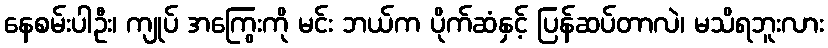
နေစမ်းပါဦး၊ ကျုပ် အကြွေးကို မင်း ဘယ်က ပိုက်ဆံနှင့် ပြန်ဆပ်တာလဲ၊ မသိရဘူးလား